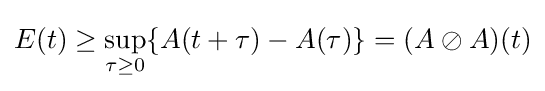
E(t)\geq \sup _{\tau \geq 0}\{A(t+\tau )-A(\tau )\}=(A\oslash A)(t)